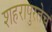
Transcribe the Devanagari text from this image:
शहरापुरतेच